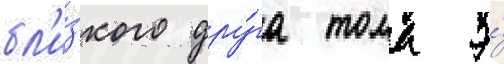
бл'и́зкого дру́га тома э́